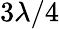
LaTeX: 3\lambda/4